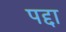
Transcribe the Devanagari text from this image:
पद्दा